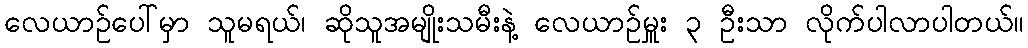
လေယာဉ်ပေါ်မှာ သူမရယ်၊ ဆိုသူအမျိုးသမီးနဲ့ လေယာဉ်မှူး ၃ ဦးသာ လိုက်ပါလာပါတယ်။